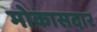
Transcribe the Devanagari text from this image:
मोकासदार